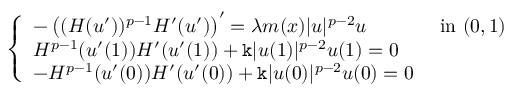
\left\{ \begin{array} { l l } { - \left( ( H ( u ^ { \prime } ) ) ^ { p - 1 } H ^ { \prime } ( u ^ { \prime } ) \right) ^ { \prime } = \lambda m ( x ) | u | ^ { p - 2 } u } & { \mathrm { ~ i n ~ } ( 0 , 1 ) } \\ { H ^ { p - 1 } ( u ^ { \prime } ( 1 ) ) H ^ { \prime } ( u ^ { \prime } ( 1 ) ) + \mathtt k | u ( 1 ) | ^ { p - 2 } u ( 1 ) = 0 } & \\ { - H ^ { p - 1 } ( u ^ { \prime } ( 0 ) ) H ^ { \prime } ( u ^ { \prime } ( 0 ) ) + \mathtt k | u ( 0 ) | ^ { p - 2 } u ( 0 ) = 0 } & \end{array} \right.